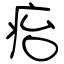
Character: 㾂